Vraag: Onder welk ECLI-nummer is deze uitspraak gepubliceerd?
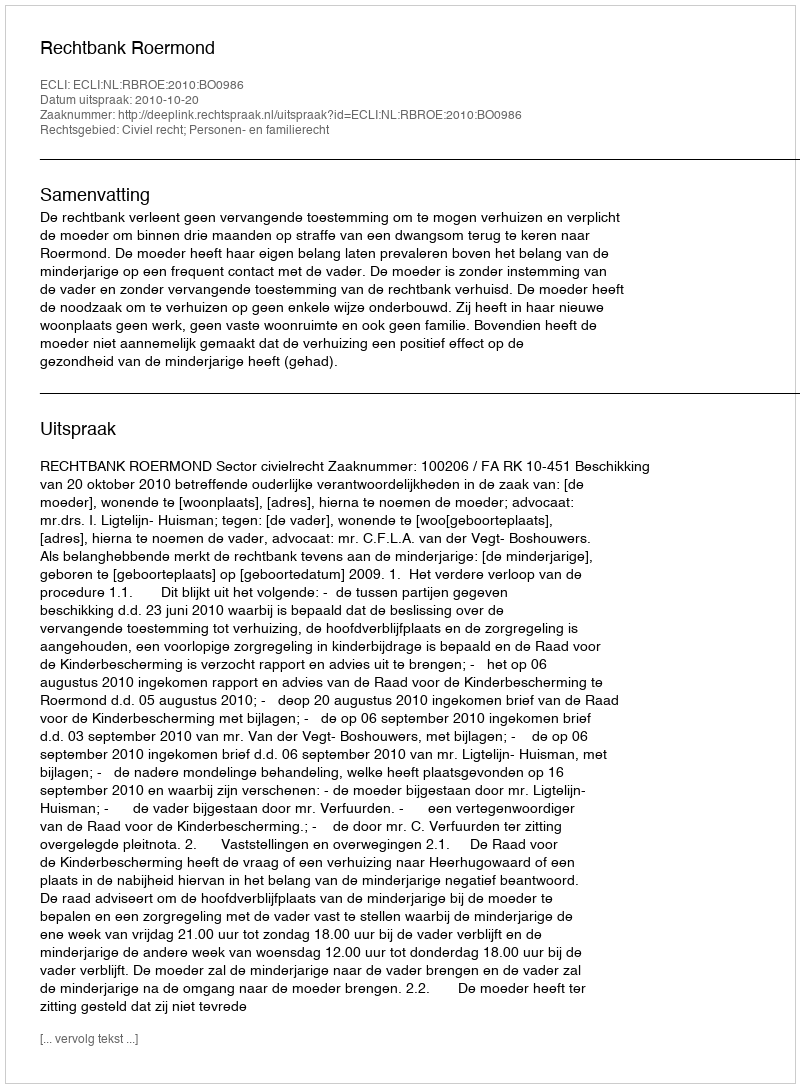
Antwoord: ECLI:NL:RBROE:2010:BO0986